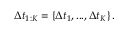
\Delta t _ { 1 : K } = \left\{ \Delta t _ { 1 } , . . . , \Delta t _ { K } \right\} .